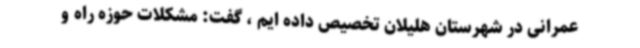
عمرانی در شهرستان هلیلان تخصیص داده ایم ، گفت: مشکلات حوزه راه و